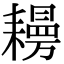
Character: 𦔨